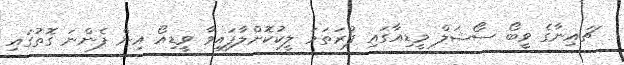
ޗައިނާގެ ވީބޯ ސޯޝަލް މީޑިއާގައި ފުރަތަމަ ލީކުކޮށްލާފައިވާ ވީޑިއޯ އިން ފެންނަ ގޮތުގައި